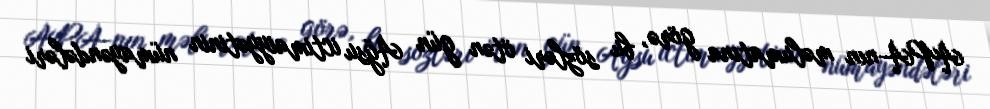
APA-nın məlumatına görə, bu sözləri ötən gün Ağsu ictimaiyyətinin nümayəndələri